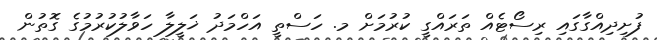
ފުށިދިއްގާގައި ރިސޯޓެއް ތަރައްގީ ކުރުމަށް މ. ހަސްތީ އަހްމަދު ޚަލީލާ ހަވާލުކުރުމުގެ ގޮތުން